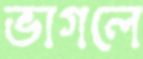
ভাগলে